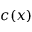
c ( x )